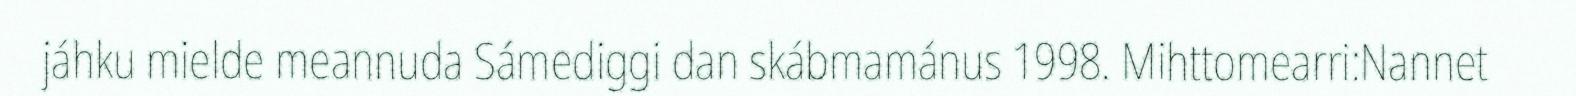
jáhku mielde meannuda Sámediggi dan skábmamánus 1998. Mihttomearri:Nannet